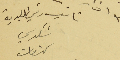
نائب رئيس البلدية شكري كنعان